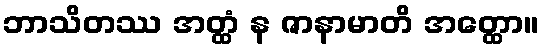
ဘာသိတဿ အတ္ထံ န ဇာနာမာတိ အတ္ထော။